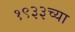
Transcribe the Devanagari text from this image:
१९३३च्या